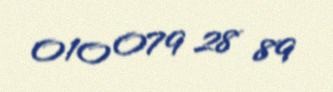
010 079 28 89